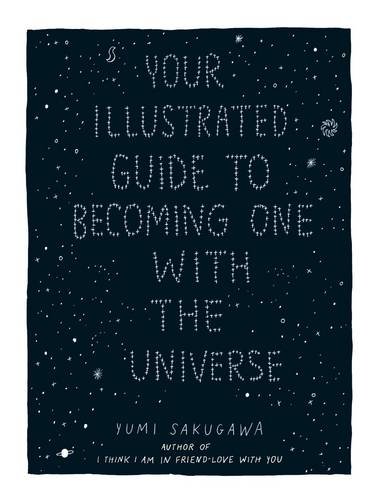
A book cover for Your Illustrated Guide To Becoming One With The Universe; Yumi Sakugawa; Self-Help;